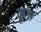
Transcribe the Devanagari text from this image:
कृश्न